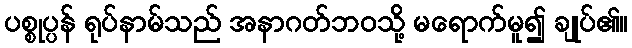
ပစ္စုပ္ပန် ရုပ်နာမ်သည် အနာဂတ်ဘဝသို့ မရောက်မူ၍ ချုပ်၏။